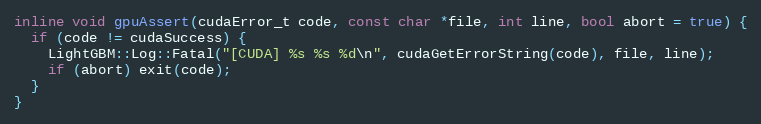
Language: C
inline void gpuAssert(cudaError_t code, const char *file, int line, bool abort = true) {
  if (code != cudaSuccess) {
    LightGBM::Log::Fatal("[CUDA] %s %s %d\n", cudaGetErrorString(code), file, line);
    if (abort) exit(code);
  }
}